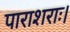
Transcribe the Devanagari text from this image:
पाराशराः।